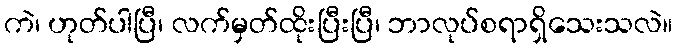
ကဲ၊ ဟုတ်ပါပြီ၊ လက်မှတ်ထိုးပြီးပြီ၊ ဘာလုပ်စရာရှိသေးသလဲ။